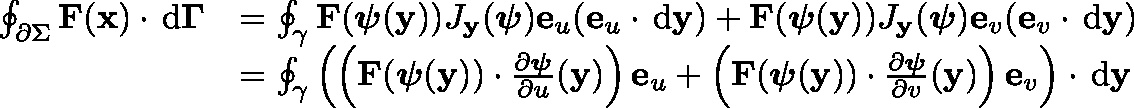
{ \begin{array} { r l } { \oint _ { \partial \Sigma } { \mathbf { F } ( \mathbf { x } ) \cdot \, \mathrm { d } \mathbf { \Gamma } } } & { = \oint _ { \gamma } { \mathbf { F } ( { \boldsymbol { \psi } } ( \mathbf { y } ) ) J _ { \mathbf { y } } ( { \boldsymbol { \psi } } ) \mathbf { e } _ { u } ( \mathbf { e } _ { u } \cdot \, \mathrm { d } \mathbf { y } ) + \mathbf { F } ( { \boldsymbol { \psi } } ( \mathbf { y } ) ) J _ { \mathbf { y } } ( { \boldsymbol { \psi } } ) \mathbf { e } _ { v } ( \mathbf { e } _ { v } \cdot \, \mathrm { d } \mathbf { y } ) } } \\ & { = \oint _ { \gamma } { \left( \left( \mathbf { F } ( { \boldsymbol { \psi } } ( \mathbf { y } ) ) \cdot { \frac { \partial { \boldsymbol { \psi } } } { \partial u } } ( \mathbf { y } ) \right) \mathbf { e } _ { u } + \left( \mathbf { F } ( { \boldsymbol { \psi } } ( \mathbf { y } ) ) \cdot { \frac { \partial { \boldsymbol { \psi } } } { \partial v } } ( \mathbf { y } ) \right) \mathbf { e } _ { v } \right) \cdot \, \mathrm { d } \mathbf { y } } } \end{array} }